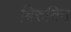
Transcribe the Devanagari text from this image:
बिरुबिन